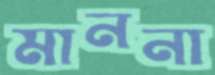
মাননা